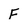
Character: F